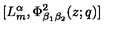
[ L _ { m } ^ { \alpha } , \Phi _ { \beta _ { 1 } \beta _ { 2 } } ^ { 2 } ( z ; q ) ] \